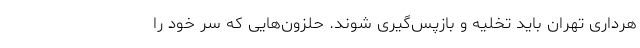
هرداری تهران باید تخلیه و بازپس‌گیری شوند. حلزون‌هایی که سر خود را